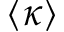
\langle \kappa \rangle